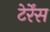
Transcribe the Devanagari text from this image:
टेर्रेंस